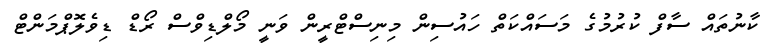
ކާނުތައް ސާފް ކުރުމުގެ މަސައްކަތް ހައުސިން މިނިސްޓްރީން ވަނީ މޯލްޑިވްސް ރޯޑް ޑިވެލޮޕްމަންޓް